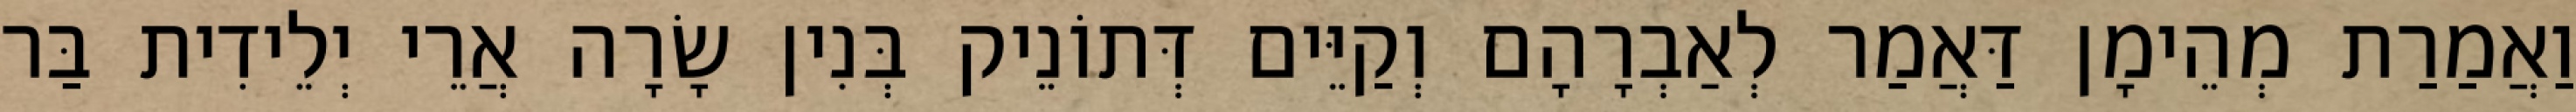
וַאֲמַרַת מְהֵימָן דַּאֲמַר לְאַבְרָהָם וְקַיֵּים דְּתוֹנֵיק בְּנִין שָׂרָה אֲרֵי יְלֵידִית בַּר